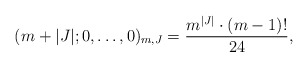
\begin{align*}(m+|J|;0,\dots,0)_{m,J}=\frac{m^{|J|}\cdot (m-1)!}{24},\end{align*}